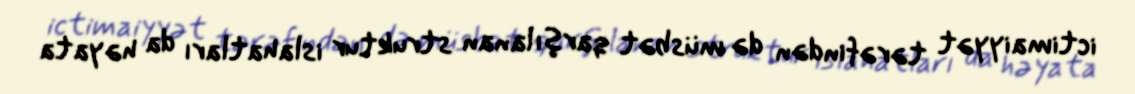
ictimaiyyət tərəfindən də müsbət qarşılanan struktur islahatları da həyata